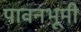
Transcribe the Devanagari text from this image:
पावनभूमी